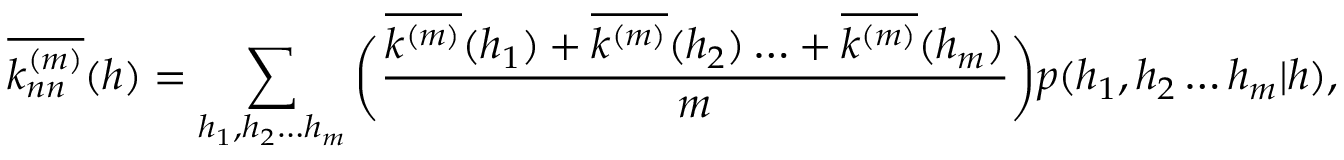
\overline { { k _ { n n } ^ { ( m ) } } } ( h ) = \sum _ { h _ { 1 } , h _ { 2 } \ldots h _ { m } } \bigg ( \frac { \overline { { k ^ { ( m ) } } } ( h _ { 1 } ) + \overline { { k ^ { ( m ) } } } ( h _ { 2 } ) \ldots + \overline { { k ^ { ( m ) } } } ( h _ { m } ) } { m } \bigg ) p ( h _ { 1 } , h _ { 2 } \ldots h _ { m } | h ) ,